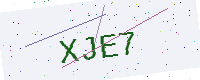
Text: XJE7